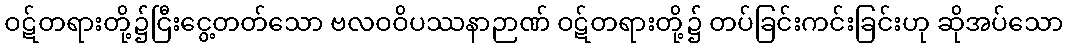
ဝဋ်တရားတို့၌ငြီးငွေ့တတ်သော ဗလဝဝိပဿနာဉာဏ် ဝဋ်တရားတို့၌ တပ်ခြင်းကင်းခြင်းဟု ဆိုအပ်သော